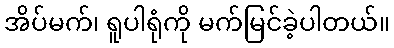
အိပ်မက်၊ ရူပါရုံကို မက်မြင်ခဲ့ပါတယ်။